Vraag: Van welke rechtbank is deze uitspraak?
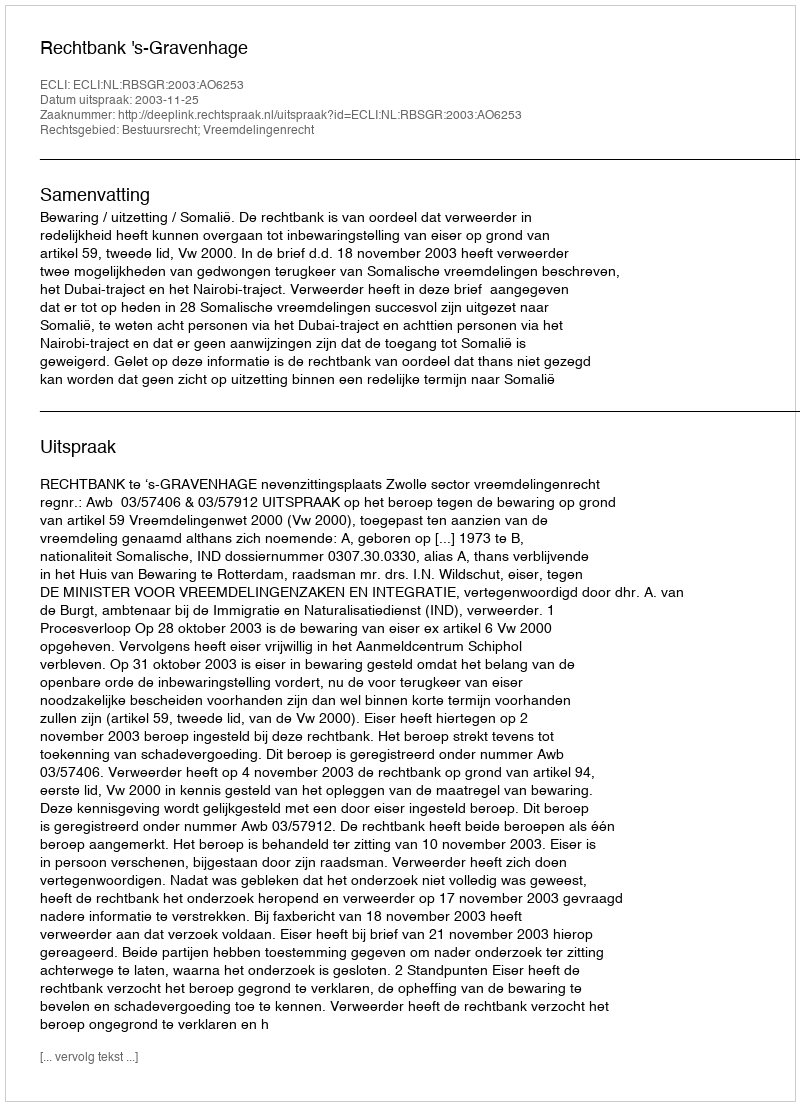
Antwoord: Rechtbank 's-Gravenhage